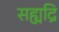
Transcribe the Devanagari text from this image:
सह्यद्रि